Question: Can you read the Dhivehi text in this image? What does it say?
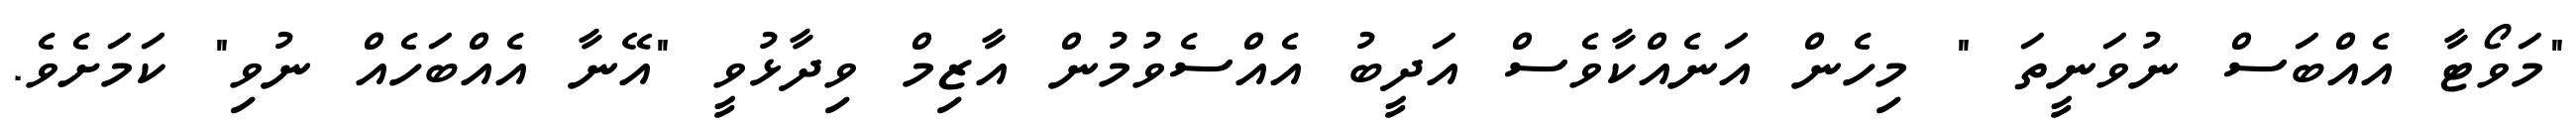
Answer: "މަވޯޓާ އެއްބަސް ނުވަނީތަ " މިހެން އަނެއްކާވެސް އަދީބު އެއްސެވުމުން އާޒިމް ވިދާޅުވީ "އޭނާ އެއްބަހެއް ނުވި" ކަމަށެވެ.